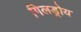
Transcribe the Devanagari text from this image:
गिलड्रोय